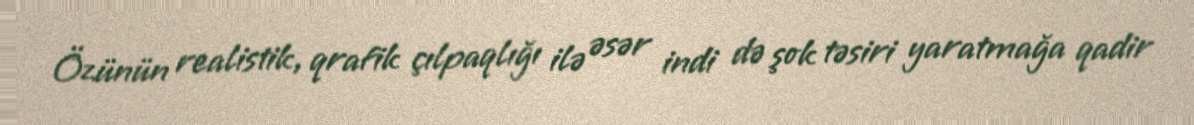
Özünün realistik, qrafik çılpaqlığı ilə əsər indi də şok təsiri yaratmağa qadir